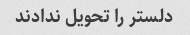
دلستر را تحویل ندادند